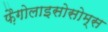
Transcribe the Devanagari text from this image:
फ़ैगोलाइसोसोम्स